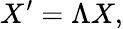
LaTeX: X^{\prime}=\Lambda X,